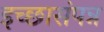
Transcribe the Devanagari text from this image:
इच्छासंपन्न